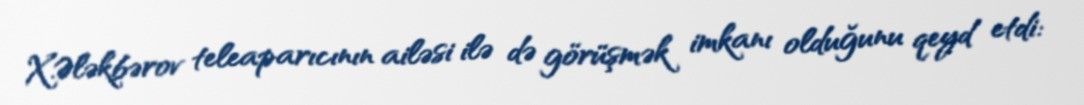
X.Ələkbərov teleaparıcının ailəsi ilə də görüşmək imkanı olduğunu qeyd etdi: